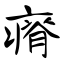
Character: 瘠